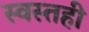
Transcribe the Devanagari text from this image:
स्वस्तही